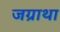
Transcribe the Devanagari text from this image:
जग्राथा